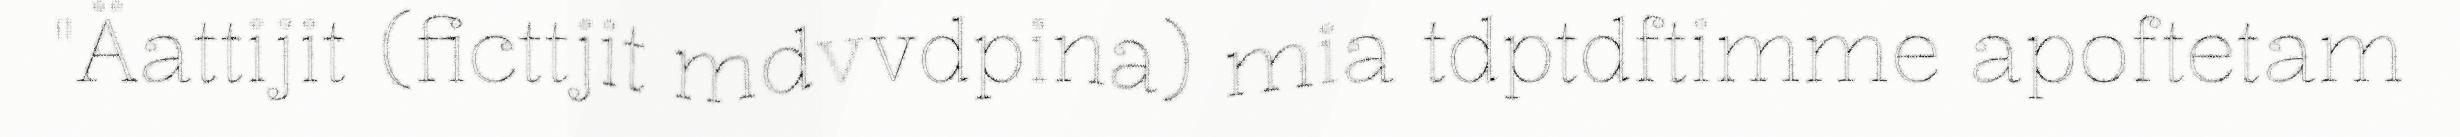
"Äattijit (ficttjit mdvvdpina) mia tdptdftimme apoftetam